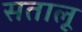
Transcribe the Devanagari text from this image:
सतालू